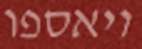
ויאספו